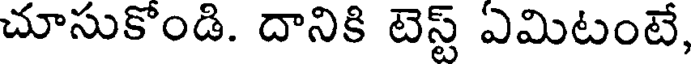
చూసుకొండి. దానికి టెస్ట్ ఎమిటంటే,